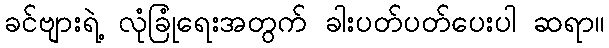
ခင်ဗျားရဲ့ လုံခြုံရေးအတွက် ခါးပတ်ပတ်ပေးပါ ဆရာ။